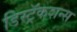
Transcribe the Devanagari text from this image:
डिस्ट्रॅकशन्स